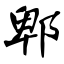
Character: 郫